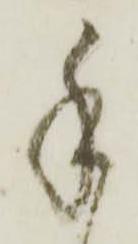
手